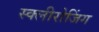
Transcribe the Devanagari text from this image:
स्क्लीरोजिंग